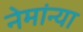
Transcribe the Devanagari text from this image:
नेमांन्या